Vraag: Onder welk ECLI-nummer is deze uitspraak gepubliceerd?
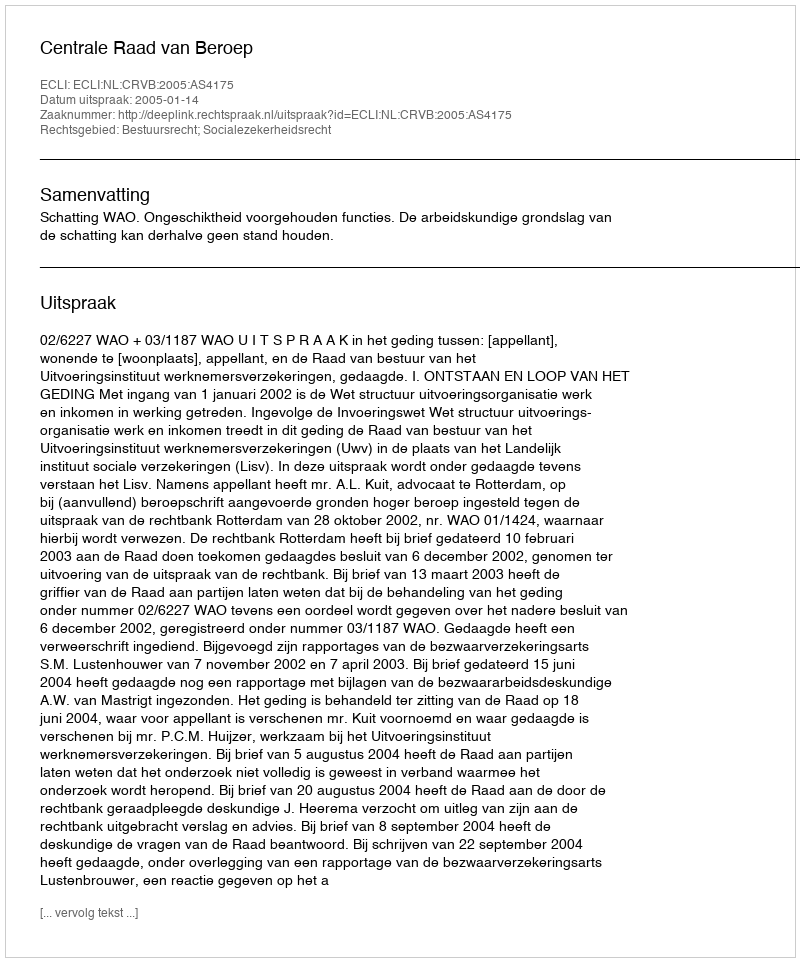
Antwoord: ECLI:NL:CRVB:2005:AS4175